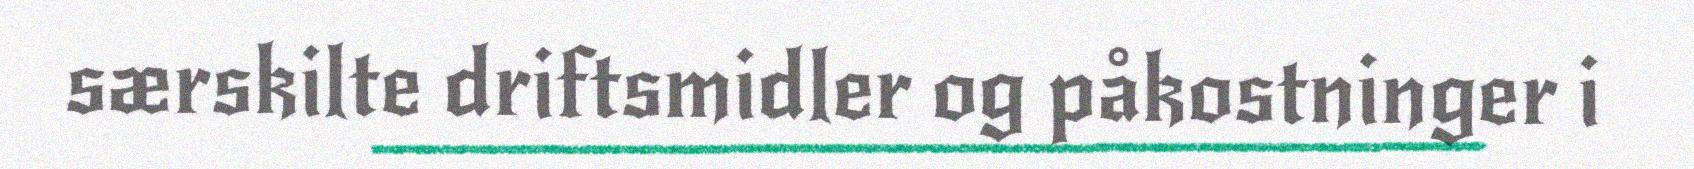
særskilte driftsmidler og påkostninger i